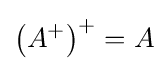
\left(A^{+}\right)^{+}=A